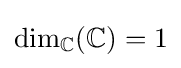
\dim _{\mathbb {C} }(\mathbb {C} )=1